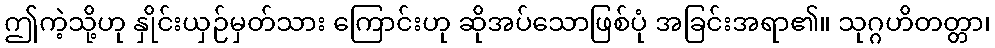
ဤကဲ့သို့ဟု နှိုင်းယှဉ်မှတ်သား ကြောင်းဟု ဆိုအပ်သောဖြစ်ပုံ အခြင်းအရာ၏။ သုဂ္ဂဟိတတ္တာ၊